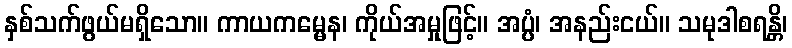
နှစ်သက်ဖွယ်မရှိသော။ ကာယကမ္မေန၊ ကိုယ်အမှုဖြင့်။ အပ္ပံ၊ အနည်းငယ်။ သမုဒါစရန္တိ၊